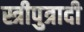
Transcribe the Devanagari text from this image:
स्त्रीपुत्रादी